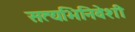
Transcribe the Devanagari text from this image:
सत्यभिनिवेशी